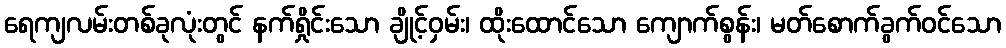
ရေကျလမ်းတစ်ခုလုံးတွင် နက်ရှိုင်းသော ချိုင့်ဝှမ်း၊ ထိုးထောင်သော ကျောက်စွန်း၊ မတ်စောက်ခွက်ဝင်သော